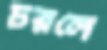
চরলে